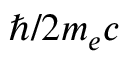
\hbar / 2 m _ { e } c